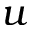
u